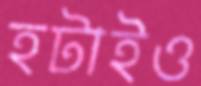
হটাইও